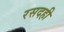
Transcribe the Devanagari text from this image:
रसदही